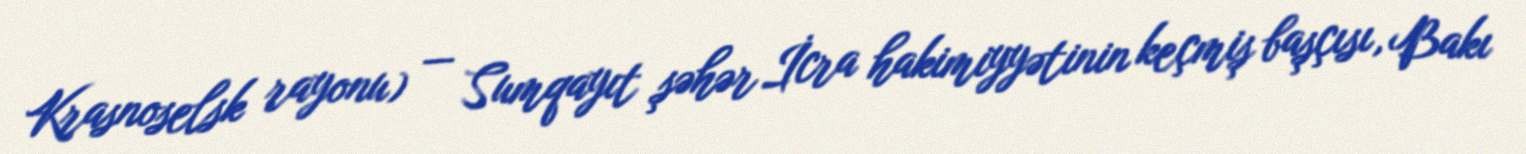
Krasnoselsk rayonu) — Sumqayıt şəhər İcra hakimiyyətinin keçmiş başçısı, Bakı